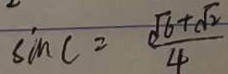
\sin C = \frac { \sqrt { 6 } + \sqrt { 2 } } { 4 }